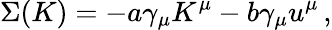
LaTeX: \Sigma(K)=-a\gamma_{\mu}K^{\mu}-b\gamma_{\mu}u^{\mu}\, ,